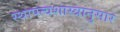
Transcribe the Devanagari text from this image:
स्थापत्यशास्त्रानुसार